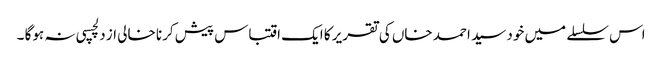
اس سلسلے میں خود سید احمد خاں کی تقریر کا ایک اقتباس پیش کرنا خالی از دلچسپی نہ ہوگا ۔